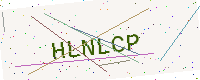
Text: HLNLCP